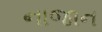
નાજાન